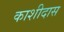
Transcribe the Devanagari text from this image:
काशीदास